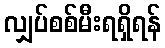
လျှပ်စစ်မီးရရှိရန်